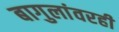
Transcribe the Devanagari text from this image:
बागुलांवरही